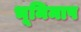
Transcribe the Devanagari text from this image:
भूमिमाप